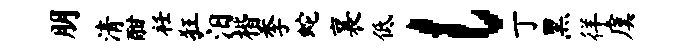
朋清酣衽狂汨楷季蛇襄低l丁黑徉虞